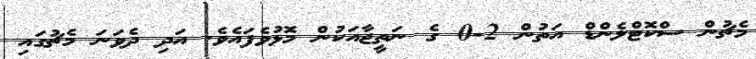
މެޗުން ސްކޮޓްލެންޑް އަތުން 2-0 ގެ ނަތީޖާއަކުން މޮޅުވެފައެވެ. އަދި ދެވަނަ މެޗުގައި